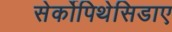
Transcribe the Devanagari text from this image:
सेर्कोपिथेसिडाए